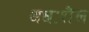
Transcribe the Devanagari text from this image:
अधःशैल